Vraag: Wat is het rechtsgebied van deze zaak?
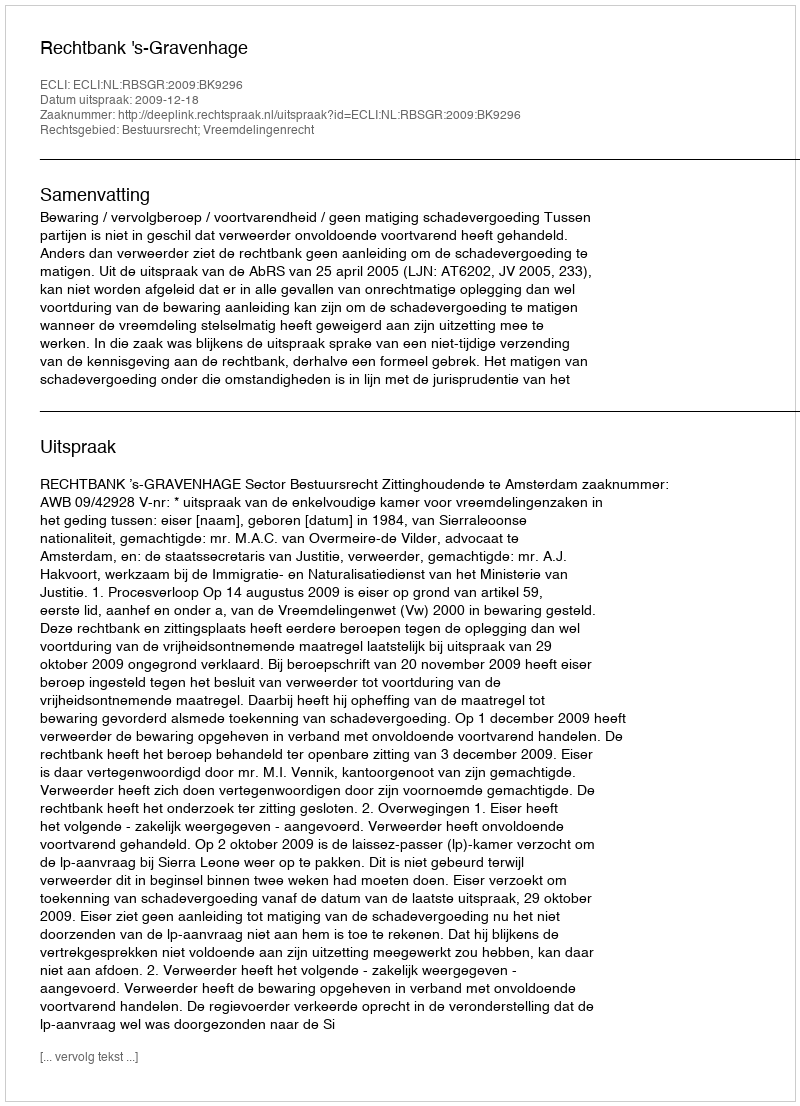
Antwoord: Bestuursrecht; Vreemdelingenrecht